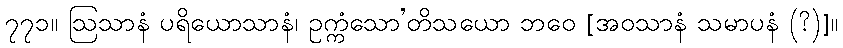
၇၇၁။ ဩသာနံ ပရိယောသာနံ၊ ဥက္ကံသော’တိသယော ဘဝေ [အဝသာနံ သမာပနံ (?)]။